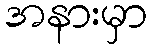
အနားမှာ